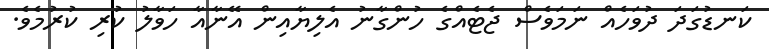
ކަނޑުގަދަ ދުވަހެއް ނަމަވެސް ޖެޓެއްގެ ހުންގާނު އެލިޔާއިން އޭނާއާ ހަވާލު ކުރި ކުރުމެވެ.